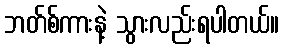
ဘတ်စ်ကားနဲ့ သွားလည်းရပါတယ်။